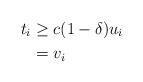
LaTeX: \begin{align*}t_i &\ge c(1-\delta) u_i \\&= v_i \end{align*}